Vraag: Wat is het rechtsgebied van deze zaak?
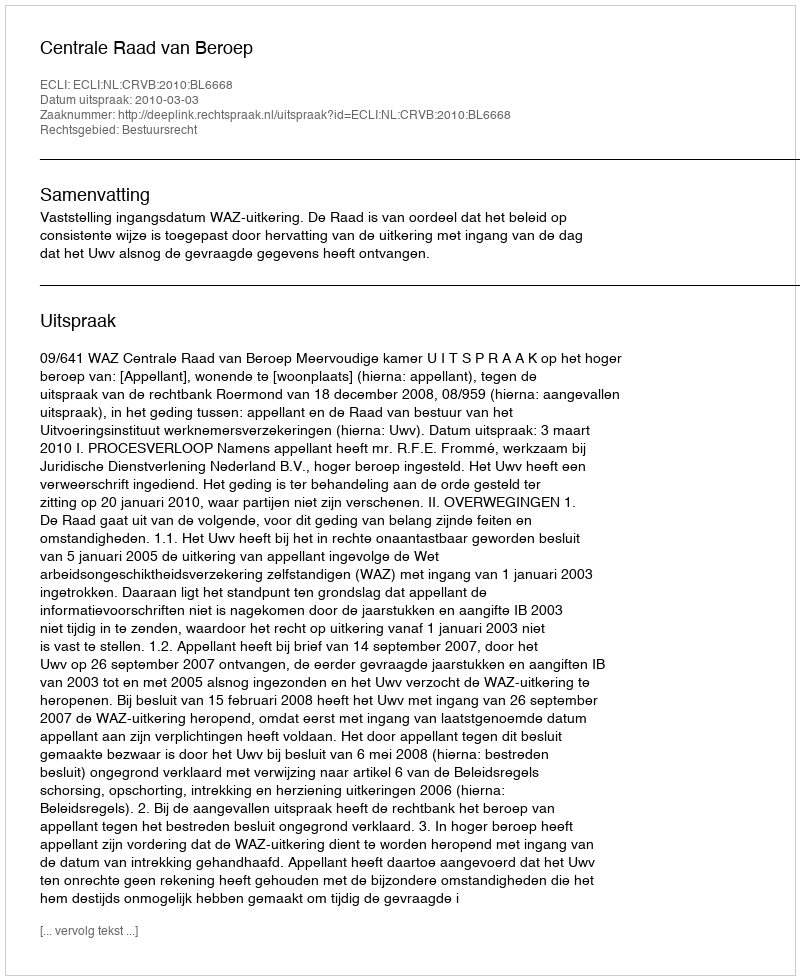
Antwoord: Bestuursrecht